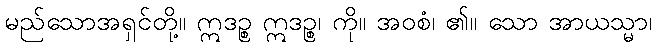
မည်သောအရှင်တို့။ ဣဒဉ္စ ဣဒဉ္စ၊ ကို။ အဝစံ၊ ၏။ သော အာယသ္မာ၊